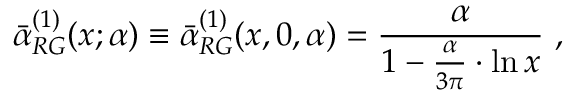
\bar { \alpha } _ { R G } ^ { ( 1 ) } ( x ; \alpha ) \equiv \bar { \alpha } _ { R G } ^ { ( 1 ) } ( x , 0 , \alpha ) = \frac { \alpha } { 1 - \frac { \alpha } { 3 \pi } \cdot \ln x } \, \, ,